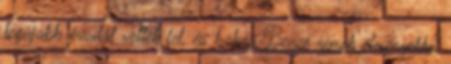
legújabb évadát vették fel, és habár Bence remek élményekkel